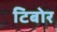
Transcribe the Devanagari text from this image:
टिबोर